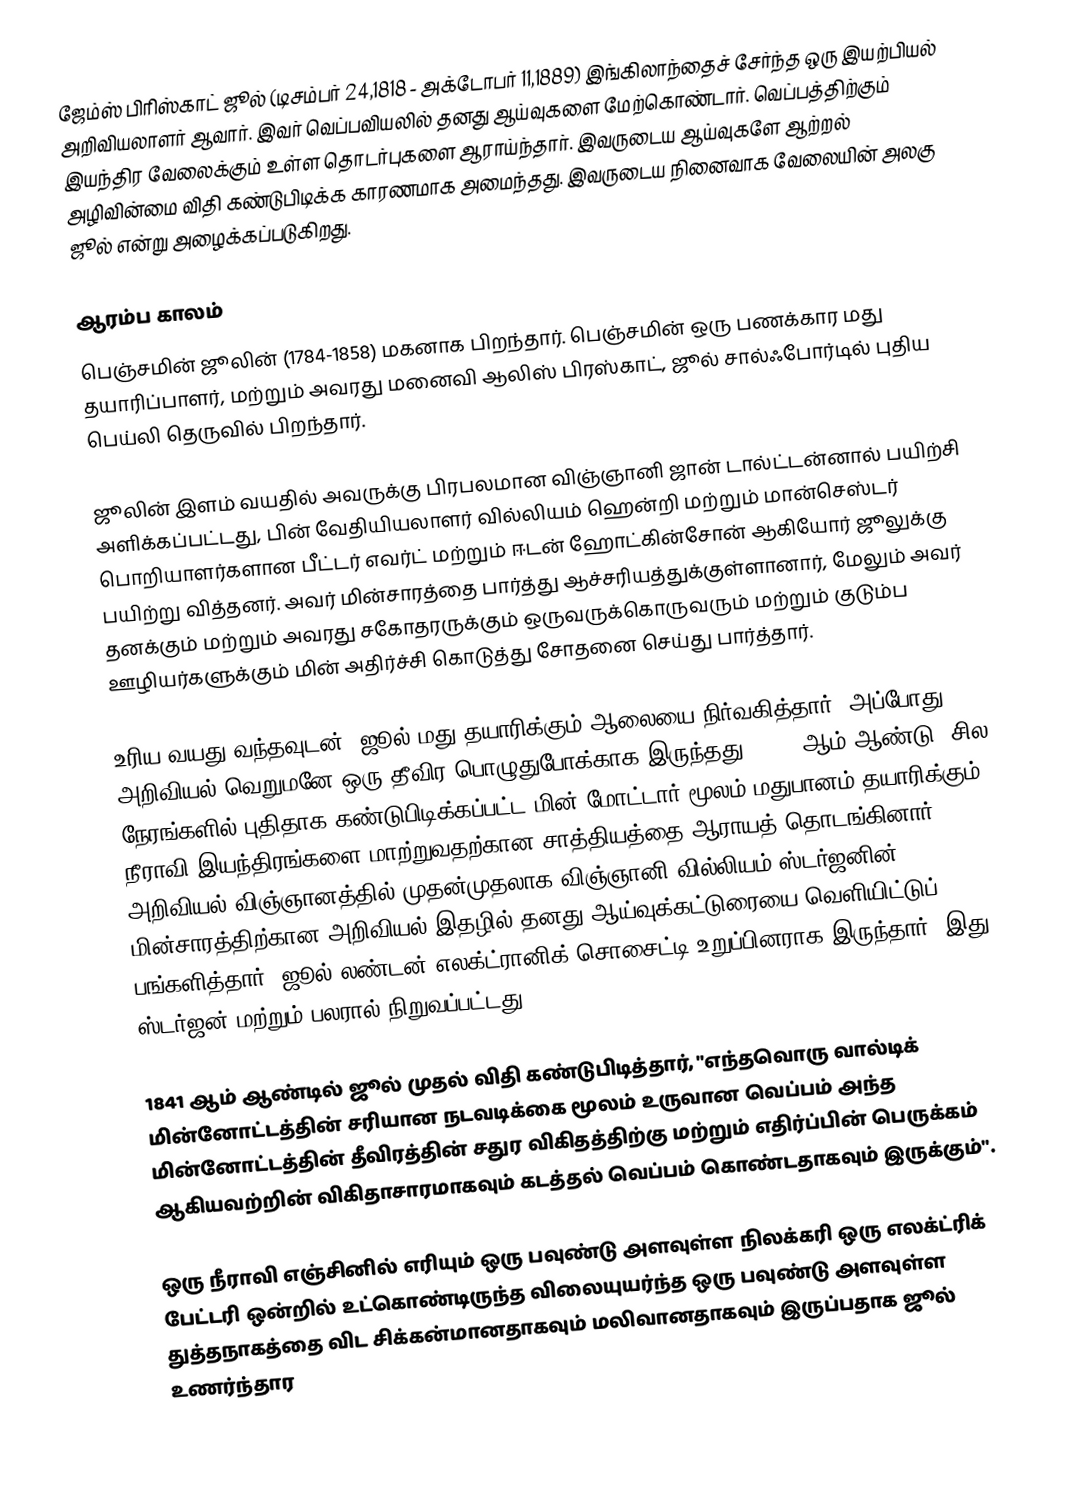
ஜேம்ஸ் பிரிஸ்காட் ஜூல் (டிசம்பர் 24,1818 - அக்டோபர் 11,1889) இங்கிலாந்தைச் சேர்ந்த ஒரு இயற்பியல் அறிவியலாளர் ஆவார். இவர் வெப்பவியலில் தனது ஆய்வுகளை மேற்கொண்டார். வெப்பத்திற்கும் இயந்திர வேலைக்கும் உள்ள தொடர்புகளை ஆராய்ந்தார். இவருடைய ஆய்வுகளே ஆற்றல் அழிவின்மை விதி கண்டுபிடிக்க காரணமாக அமைந்தது. இவருடைய நினைவாக வேலையின் அலகு ஜூல் என்று அழைக்கப்படுகிறது.

ஆரம்ப காலம்
பெஞ்சமின் ஜூலின் (1784-1858) மகனாக பிறந்தார். பெஞ்சமின் ஒரு பணக்கார மது தயாரிப்பாளர், மற்றும் அவரது மனைவி ஆலிஸ் பிரஸ்காட், ஜூல் சால்ஃபோர்டில் புதிய பெய்லி தெருவில் பிறந்தார்.

ஜூலின் இளம் வயதில் அவருக்கு பிரபலமான விஞ்ஞானி ஜான் டால்ட்டன்னால் பயிற்சி அளிக்கப்பட்டது, பின் வேதியியலாளர் வில்லியம் ஹென்றி மற்றும் மான்செஸ்டர் பொறியாளர்களான பீட்டர் எவர்ட் மற்றும் ஈடன் ஹோட்கின்சோன் ஆகியோர் ஜூலுக்கு பயிற்று வித்தனர். அவர் மின்சாரத்தை பார்த்து ஆச்சரியத்துக்குள்ளானார், மேலும் அவர் தனக்கும் மற்றும் அவரது சகோதரருக்கும் ஒருவருக்கொருவரும் மற்றும் குடும்ப ஊழியர்களுக்கும் மின் அதிர்ச்சி கொடுத்து சோதனை செய்து பார்த்தார்.

உரிய வயது வந்தவுடன், ஜூல் மது தயாரிக்கும் ஆலையை நிர்வகித்தார். அப்போது அறிவியல் வெறுமனே ஒரு தீவிர பொழுதுபோக்காக இருந்தது. 1840 ஆம் ஆண்டு, சில நேரங்களில் புதிதாக கண்டுபிடிக்கப்பட்ட மின் மோட்டார் மூலம் மதுபானம் தயாரிக்கும் நீராவி இயந்திரங்களை மாற்றுவதற்கான சாத்தியத்தை ஆராயத் தொடங்கினார். அறிவியல் விஞ்ஞானத்தில் முதன்முதலாக விஞ்ஞானி வில்லியம் ஸ்டர்ஜனின் மின்சாரத்திற்கான அறிவியல் இதழில் தனது ஆய்வுக்கட்டுரையை வெளியிட்டுப் பங்களித்தார். ஜூல் லண்டன் எலக்ட்ரானிக் சொசைட்டி உறுப்பினராக இருந்தார், இது ஸ்டர்ஜன் மற்றும் பலரால் நிறுவப்பட்டது.

1841 ஆம் ஆண்டில் ஜூல் முதல் விதி கண்டுபிடித்தார், "எந்தவொரு வால்டிக் மின்னோட்டத்தின் சரியான நடவடிக்கை மூலம் உருவான வெப்பம் அந்த மின்னோட்டத்தின் தீவிரத்தின் சதுர விகிதத்திற்கு மற்றும் எதிர்ப்பின் பெருக்கம் ஆகியவற்றின் விகிதாசாரமாகவும் கடத்தல் வெப்பம் கொண்டதாகவும் இருக்கும்".

ஒரு நீராவி எஞ்சினில் எரியும் ஒரு பவுண்டு அளவுள்ள நிலக்கரி ஒரு எலக்ட்ரிக் பேட்டரி ஒன்றில் உட்கொண்டிருந்த விலையுயர்ந்த ஒரு பவுண்டு அளவுள்ள துத்தநாகத்தை விட சிக்கன்மானதாகவும் மலிவானதாகவும் இருப்பதாக ஜூல் உணர்ந்தார